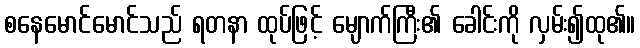
စနေမောင်မောင်သည် ရတနာ ထုပ်ဖြင့် မျောက်ကြီး၏ ခေါင်းကို လှမ်း၍ထု၏။